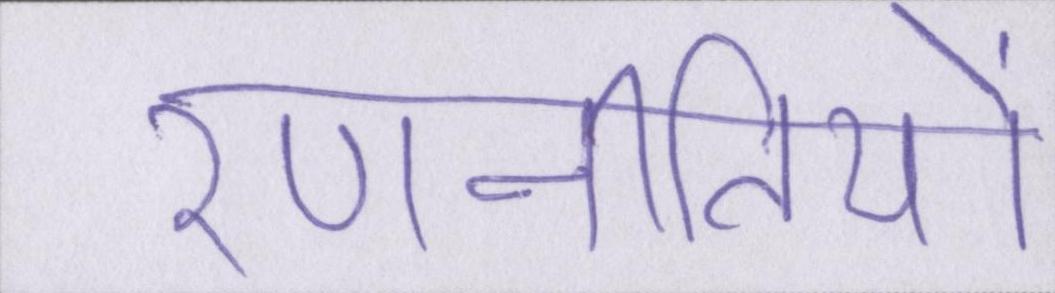
रणनीतियों